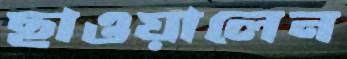
ছাওয়ালেন